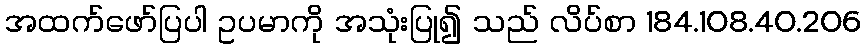
အထက်ဖော်ပြပါ ဥပမာကို အသုံးပြု၍ သည် လိပ်စာ 184.108.40.206